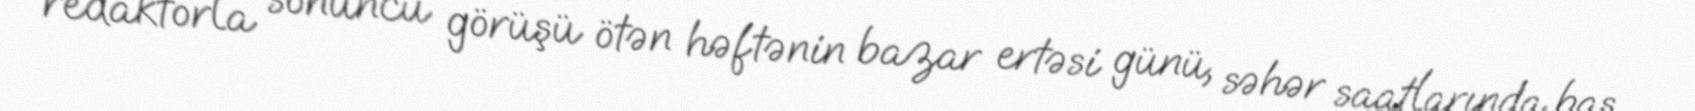
redaktorla sonuncu görüşü ötən həftənin bazar ertəsi günü, səhər saatlarında baş